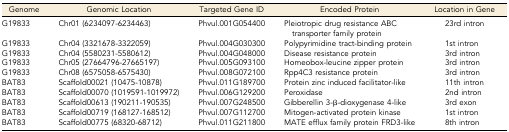
<table><thead><tr><td><b>Genome</b></td><td><b>Genomic Location</b></td><td><b>Targeted Gene ID</b></td><td><b>Encoded Protein</b></td><td><b>Location in Gene</b></td></tr></thead><tbody><tr><td>G19833</td><td>Chr01 (6234097-6234463)</td><td>Phvul.001G054400</td><td>Pleiotropic drug resistance ABCtransporter family protein</td><td>23rd intron</td></tr><tr><td>G19833</td><td>Chr04 (3321678-3322059)</td><td>Phvul.004G030300</td><td>Polypyrimidine tract-binding protein</td><td>1st intron</td></tr><tr><td>G19833</td><td>Chr04 (5580231-5580612)</td><td>Phvul.004G048000</td><td>Disease resistance protein</td><td>3rd intron</td></tr><tr><td>G19833</td><td>Chr05 (27664796-27665197)</td><td>Phvul.005G093100</td><td>Homeobox-leucine zipper protein</td><td>3rd intron</td></tr><tr><td>G19833</td><td>Chr08 (6575058-6575430)</td><td>Phvul.008G072100</td><td>Rpp4C3 resistance protein</td><td>3rd intron</td></tr><tr><td>BAT83</td><td>Scaffold00021 (10475-10878)</td><td>Phvul.011G189700</td><td>Protein zinc induced facilitator-like</td><td>11th intron</td></tr><tr><td>BAT83</td><td>Scaffold00070 (1019591-1019972)</td><td>Phvul.006G129200</td><td>Peroxidase</td><td>2nd intron</td></tr><tr><td>BAT83</td><td>Scaffold00613 (190211-190535)</td><td>Phvul.007G248500</td><td>Gibberellin 3-β-dioxygenase 4-like</td><td>3rd exon</td></tr><tr><td>BAT83</td><td>Scaffold00719 (168127-168512)</td><td>Phvul.007G112700</td><td>Mitogen-activated protein kinase</td><td>1st intron</td></tr><tr><td>BAT83</td><td>Scaffold00775 (68320-68712)</td><td>Phvul.011G211800</td><td>MATE efflux family protein FRD3-like</td><td>8th intron</td></tr></tbody></table>